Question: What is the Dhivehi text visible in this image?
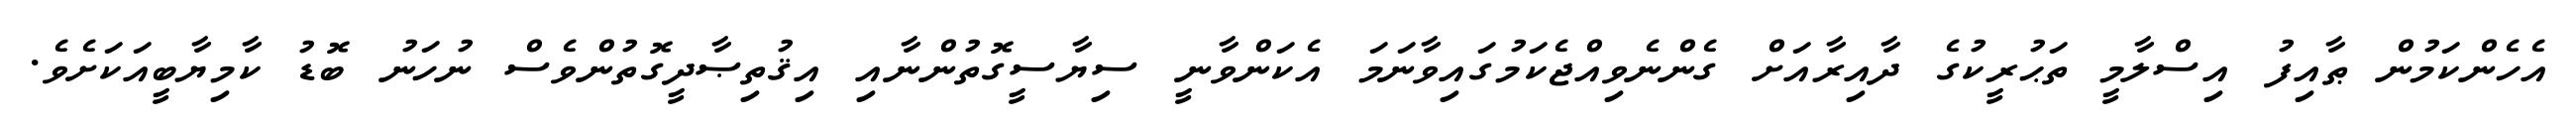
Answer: އެހެންކަމުން ޠާއިފު އިސްލާމީ ތަޙުރީކުގެ ދާއިރާއަށް ގެންނެވިއްޖެކަމުގައިވާނަމަ އެކަންވާނީ ސިޔާސީގޮތުންނާއި އިޤުތިޞާދީގޮތުންވެސް ނުހަނު ބޮޑު ކާމިޔާބީއަކަށެވެ.